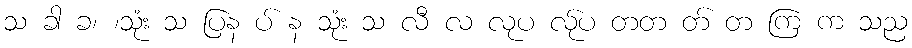
သ ခါ ခ၊ ၊သုံး သ ပြန ပ် န သုံး သ လီ လ လုပ လ်ုပ တတ တ် တ ကြ က သည